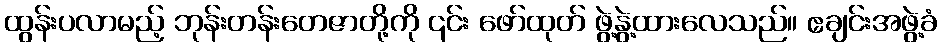
ထွန်းပလာမည့် ဘုန်းတန်းတေဇာတို့ကို ၎င်း ဖော်ထုတ် ဖွဲ့နွဲ့ထားလေသည်။ ဧချင်းအဖွဲ့ခံ